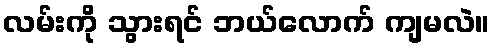
လမ်းကို သွားရင် ဘယ်လောက် ကျမလဲ။